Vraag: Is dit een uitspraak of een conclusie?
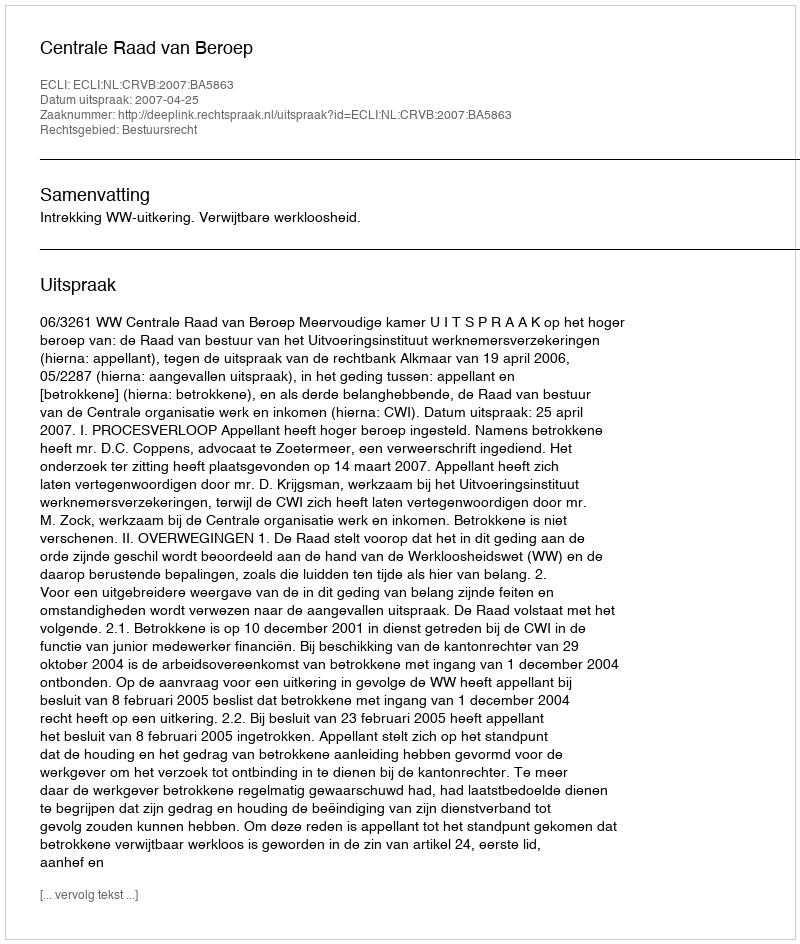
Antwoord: Uitspraak